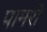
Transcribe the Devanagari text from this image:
पामरी